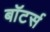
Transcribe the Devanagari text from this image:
बॉटर्स